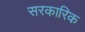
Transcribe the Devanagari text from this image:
सरकारिक